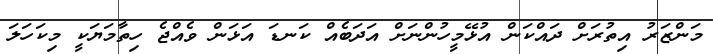
މަންޒަރު އިތުރަށް ދައްކަން އުޅޭމީހުންނަށް އަދަބެއް ކަނޑަ އަޅަން ވެއްޖެ ހިތާމަޔަކީ މިކަހަލަ